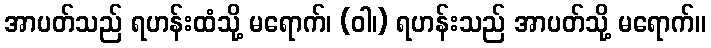
အာပတ်သည် ရဟန်းထံသို့ မရောက်၊ (ဝါ၊) ရဟန်းသည် အာပတ်သို့ မရောက်။